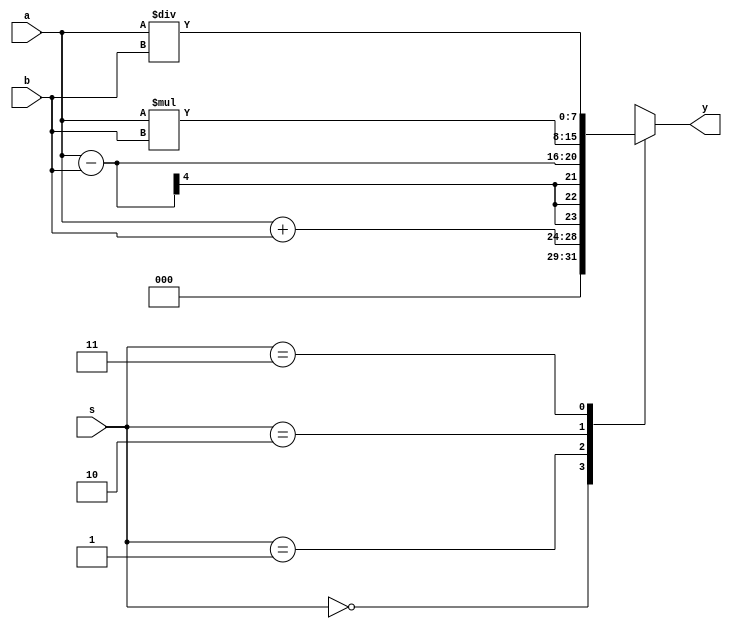
module alu(a,b,s,y);
input[3:0]a,b;
input[1:0]s;
output reg[7:0]y;
always @(*)
begin
case(s)
2'b00:y=a+b;
2'b01:y=a-b;
2'b10:y=a*b;
2'b11:y=a/b;
endcase
end
endmodule

module alutb();
reg[3:0]a,b;
reg[1:0]s;
wire[7:0]y;
alu a1(a,b,s,y);
initial
begin
#2 a=4'b0001;b=4'b0011;s=2'b00;
#2 a=4'b0011;b=4'b0001;s=2'b01;
#2 a=4'b0100;b=4'b0010;s=2'b10;
#2 a=4'b0010;b=4'b0001;s=2'b11;
#50 $stop;
end
endmodule